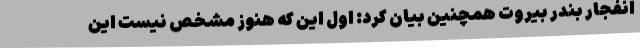
انفجار بندر بیروت همچنین بیان کرد: اول این که هنوز مشخص نیست این